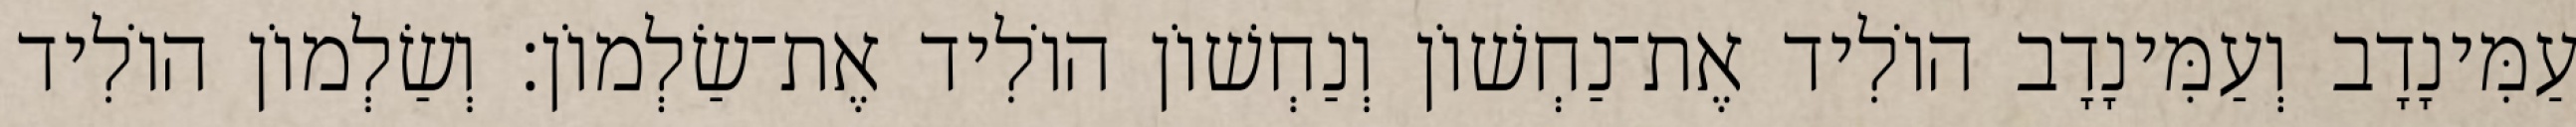
עַמִּינָדָב וְעַמִּינָדָב הוֹלִיד אֶת־נַחְשׁוֹן וְנַחְשׁוֹן הוֹלִיד אֶת־שַׂלְמוֹן׃ וְשַׂלְמוֹן הוֹלִיד